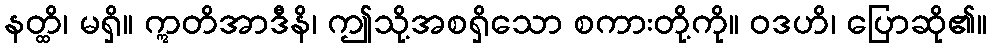
နတ္ထိ၊ မရှိ။ ဣတိအာဒီနိ၊ ဤသို့အစရှိသော စကားတို့ကို။ ဝဒဟိ၊ ပြောဆို၏။